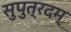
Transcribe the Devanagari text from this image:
सुपुत्रदम्